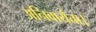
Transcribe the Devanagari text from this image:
अनिवार्यता।